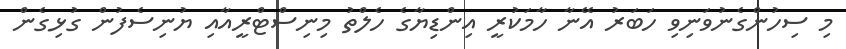
މި ސިހުންގެނުވަނިވި ހަބަރު އޭނާ ހާމަކުރީ އިންޑިޔާގެ ހެލްތު މިނިސްޓްރީއާއި ޔުނިސެފުން ގުޅިގެން